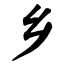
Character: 乡